Black-water fever - Number 35
Disease focus: Fever
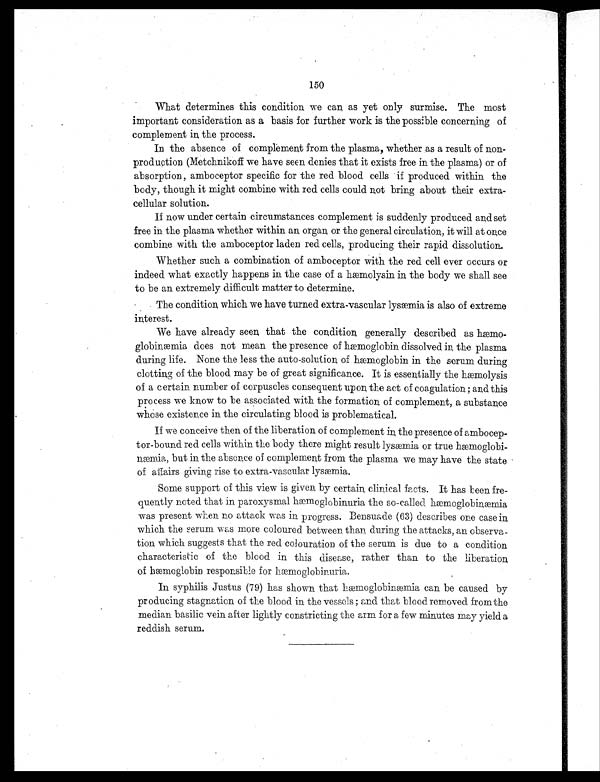
150
What determines this condition we can, as yet only surmise. The most
important consideration as a basis for further work is the possible concerning of
complement in the process.
In the absence of complement from the plasma, whether as a result of non-
production (Metchnikoff we have seen denies that it exists free in the plasma) or of
absorption, amboceptor specific for the red blood cells if produced within the
body, though it might combine with red cells could not bring about their extra-
cellular solution.
If now under certain circumstances complement is suddenly produced and set
free in the plasma whether within an organ, or the general circulation, it will at once
combine with the amboceptor laden red cells, producing their rapid dissolution.
Whether such a combination of amboceptor with the red cell ever occurs or
indeed what exactly happens in the case of a hæmolysin in the body we shall see
to be an extremely difficult matter to determine.
The condition, which we have turned extra-vascular lysæmia is also of extreme
interest.
We have already seen, that the condition, generally described as hæmo-
globinæmia does not mean the presence of hæmoglobin dissolved in the plasma
during life. None the less the auto-solution, of hæmoglobin in the serum during
clotting of the blood may be of great significance. It is essentially the hæmolysis
of a certain number of corpuscles consequent upon, the act of coagulation ; and this
process we know to be associated with the formation, of complement, a substance
whose existence in the circulating blood is problematical.
If we conceive then of the liberation of complement in the presence of ambocep-
tor-bound red cells within the body there might result lysæmia or true hæmoglobi-
æmia but in the absence of complement from the plasma we may have the state
of affairs giving rise to extra-vascular lysæmia.
Some support of this view is given by certain, clinical facts. It has been fre-
quently noted that in paroxysmal hæmoglobinuria the so-called hæmoglobinærmia
was present when no attack was in progress. Bensuade (63) describes one case in,
which the serum was more coloured between than during the attacks, an observa-
tion which suggests that the red colouration of the serum is due to a condition
characteristic of the blood in this disease, rather than to the liberation,
of hæmoglobin responsible for hæmoglobinuria.
In syphilis Justus (79) has shown that hæmoglobinæmia can be caused by
producing stagnation of the blood in the vessels ; and that blood removed from the
median basilic vein after lightly constricting the arm for a few minutes may yield a
reddish serum.